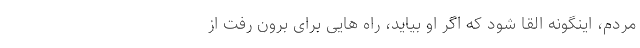
مردم، اینگونه القا شود که اگر او بیاید، راه هایی برای برون رفت از